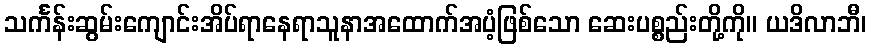
သင်္ကန်းဆွမ်းကျောင်းအိပ်ရာနေရာသူနာအထောက်အပံ့ဖြစ်သော ဆေးပစ္စည်းတို့ကို။ ယဒိလာဘီ၊